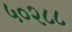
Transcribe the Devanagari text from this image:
५०२८८